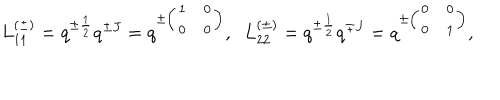
L _ { 1 1 } ^ { ( \pm ) } = q ^ { \pm \frac { 1 } { 2 } } q ^ { \pm J } = q ^ { \pm \left( \begin{array} { c c } { { 1 } } & { { 0 } } \\ { { 0 } } & { { 0 } } \\ \end{array} \right) } , \; \; L _ { 2 2 } ^ { ( \pm ) } = q ^ { \pm \frac { 1 } { 2 } } q ^ { \mp J } = q ^ { \pm \left( \begin{array} { c c } { { 0 } } & { { 0 } } \\ { { 0 } } & { { 1 } } \\ \end{array} \right) } , \; \;